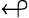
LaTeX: \looparrowleft